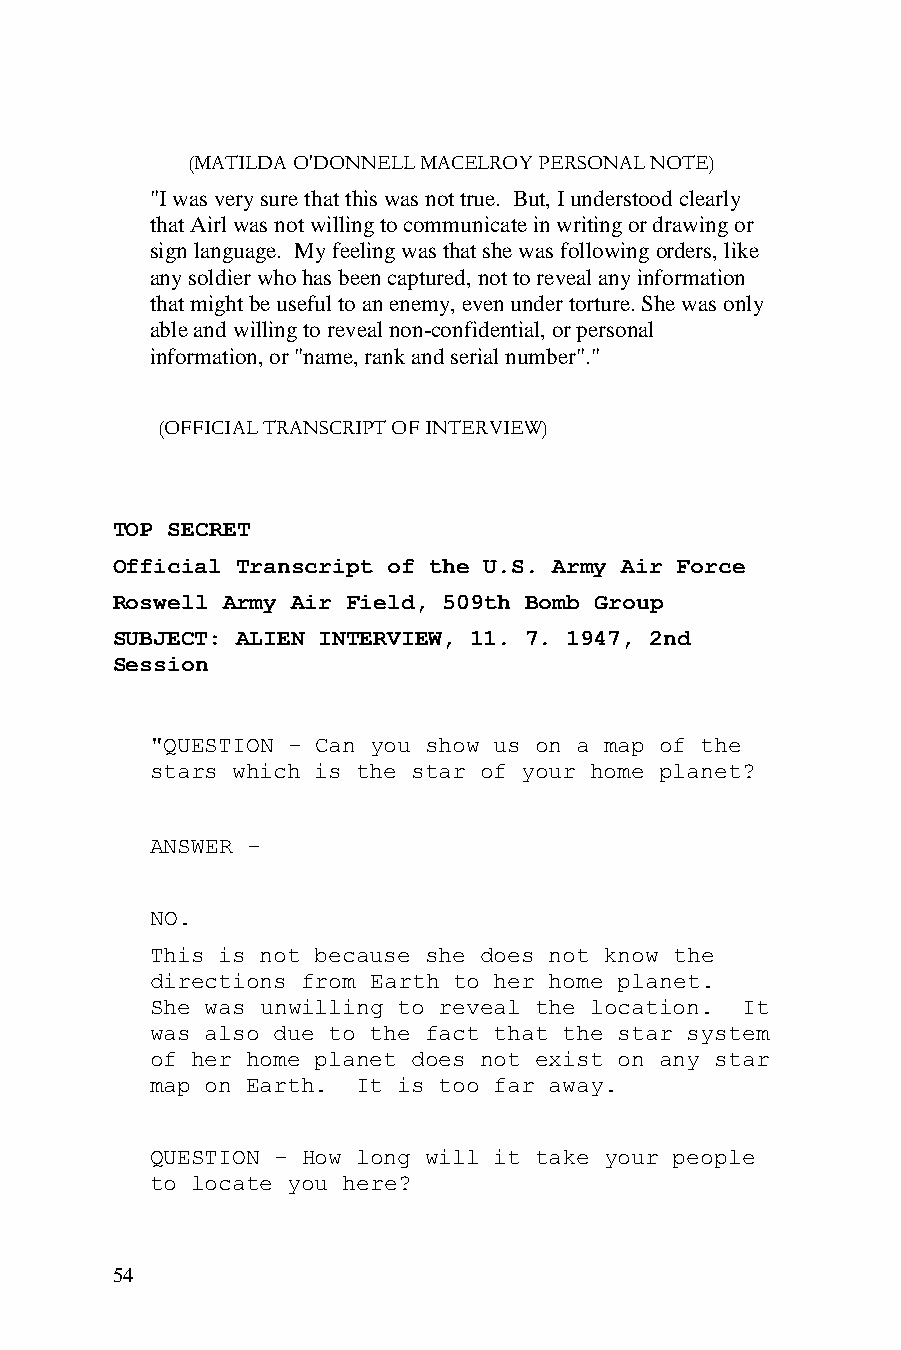
(MATILDA O'DONNELL MACELROY PERSONAL NOTE)
 "I was very sure that this was not true. But, I understood clearly
 that Airl was not willing to communicate in writing or drawing or
 sign language. My feeling was that she was following orders, like
 any soldier who has been captured, not to reveal any information
 that might be useful to an enemy, even under torture. She was only
 able and willing to reveal non-confidential, or personal
 information, or "name, rank and serial number"."
 (OFFICIAL TRANSCRIPT OF INTERVIEW)
 TOP SECRET
 Official Transcript of the U.S. Army Air Force
 Roswell Army Air Field, 509th Bomb Group
 SUBJECT: ALIEN INTERVIEW, 11. 7. 1947, 2nd
 Session
 "QUESTION - Can you show us on a map of the
 stars which is the star of your home planet?
 ANSWER -
 NO.
 This is not because she does not know the
 directions from Earth to her home planet.
 She was unwilling to reveal the location. It
 was also due to the fact that the star system
 of her home planet does not exist on any star
 map on Earth. It is too far away.
 QUESTION - How long will it take your people
 to locate you here?
 54